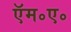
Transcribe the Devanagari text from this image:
ऍम॰ए॰